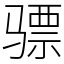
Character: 骠